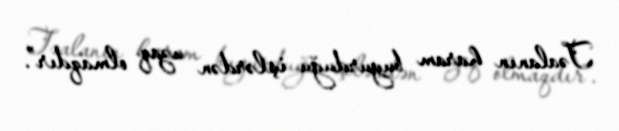
Təalanın haram buyurduğu işlərdən uzaq olmaqdır”.